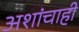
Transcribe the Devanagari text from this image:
अशांचाही